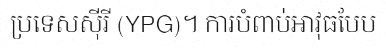
ប្រទេសស៊ីរី (YPG)។ ការបំពាប់អាវុធបែប